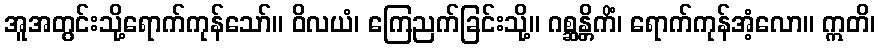
အူအတွင်းသို့ရောက်ကုန်သော်။ ဝိလယံ၊ ကြေညက်ခြင်းသို့။ ဂစ္ဆန္တိကိံ၊ ရောက်ကုန်အံ့လော။ ဣတိ၊